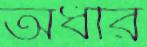
অধীর